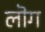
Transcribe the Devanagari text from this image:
लॊग